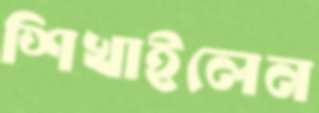
শিখাইলেন